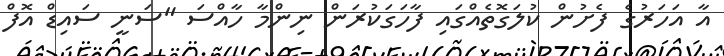
އާ އަހަރުގެ ފެށުން ކުލަގޮތެއްގައި ފާހަގަކުރަން ނިންމާ ހާއްސަ "ސަނީ ސައިޑް އޮފް